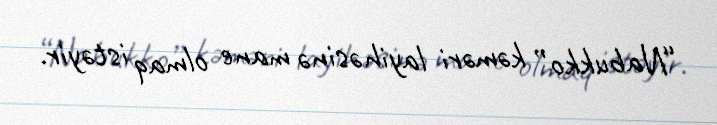
“Nabukko” kəməri layihəsinə mane olmaq istəyir.